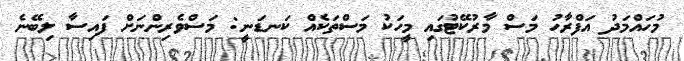
މުހައްމަދު އަފްރާހު މަސް މާރުކޭޓުގައި މީހަކު މަސްތަކެއް ކަނޑަނީ: މަސްވެރިންނަށް ފައިސާ ލިބޭނެ